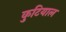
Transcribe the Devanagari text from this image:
कुटियाल